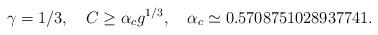
LaTeX: \begin{align*}\gamma=1/3,\quad C\geq\alpha_c g^{1/3},\quad \alpha_c\simeq 0.5708751028937741.\end{align*}